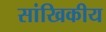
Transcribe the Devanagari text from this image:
सांखिकीय